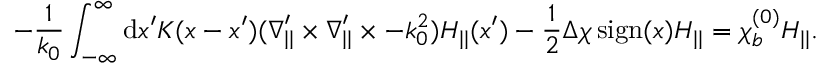
- \frac { 1 } { k _ { 0 } } \int _ { - \infty } ^ { \infty } \mathrm { d } x ^ { \prime } K ( x - x ^ { \prime } ) ( \ensuremath { \boldsymbol { \nabla } } _ { | | } ^ { \prime } \times \ensuremath { \boldsymbol { \nabla } } _ { | | } ^ { \prime } \times - k _ { 0 } ^ { 2 } ) \ensuremath { \boldsymbol { H } } _ { | | } ( x ^ { \prime } ) - \frac { 1 } { 2 } \Delta \chi \ensuremath { \operatorname { s i g n } } ( x ) \ensuremath { \boldsymbol { H } } _ { | | } = \chi _ { b } ^ { ( 0 ) } \ensuremath { \boldsymbol { H } } _ { | | } .